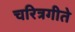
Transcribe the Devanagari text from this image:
चरित्रगीते